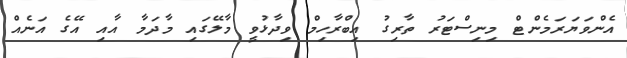
އެންވަޔަރަމެންޓް މިނިސްޓަރު ތާރިގު އިބްރާހިމް ވިދާޅުވީ މާލޭގައި މާދަމާ އާއި އޭގެ އަނެއް